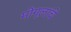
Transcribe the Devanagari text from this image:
मोग्लांचे